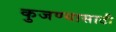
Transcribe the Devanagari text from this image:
कुजण्यासाठी